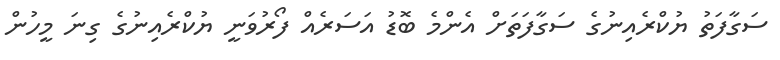
ސަގާފަތު ޔުކްރެއިނުގެ ސަގާފަތަށް އެންމެ ބޮޑު އަސަރެއް ފޯރުވަނީ ޔުކްރެއިނުގެ ގިނަ މީހުން